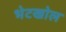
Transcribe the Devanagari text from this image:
भेटखोल